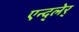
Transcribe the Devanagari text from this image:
एन्द्लेर्